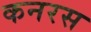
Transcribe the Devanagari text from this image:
कनरस